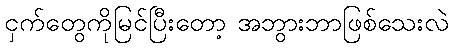
ငှက်တွေကိုမြင်ပြီးတော့ အဘွားဘာဖြစ်သေးလဲ